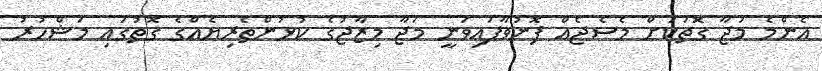
އެންމެ މަޖާ ގޮތަކަށް މެސެޖެއް ފޮނުވާފައިވަނީ މަޖާ މިޒާޖުގެ ކުޅުންތެރިޔެއްގެ ގޮތުގައި މަޝްހުރު